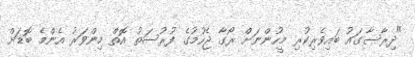
"ދިރާސާގައު ބައިވެރިކުރި މީހުންނަށް ރޯގާ ޖެހުމުގެ ފުރުސަތު އޮތް މިންވަރު އެންމެ ބޮޑަށް